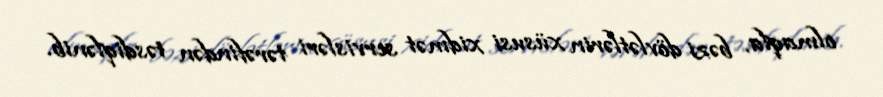
olmaqla, bəzi dövlətlərin xüsusi xidmət servisləri tərəfindən təsdiqlənib.